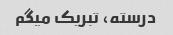
درسته، تبریک میگم